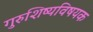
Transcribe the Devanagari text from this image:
गुरुशिष्यविषयक